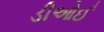
ડીઓઈ